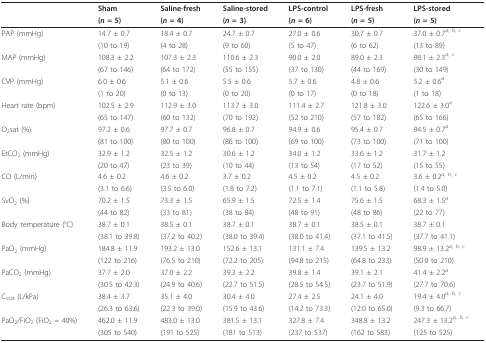
<table><thead><tr><td></td><td><b>Sham</b></td><td><b>Saline-fresh</b></td><td><b>Saline-stored</b></td><td><b>LPS-control</b></td><td><b>LPS-fresh</b></td><td><b>LPS-stored</b></td></tr><tr><td></td><td><b>(<i>n </i>= 5)</b></td><td><b>(<i>n </i>= 4)</b></td><td><b>(<i>n </i>= 3)</b></td><td><b>(<i>n </i>= 6)</b></td><td><b>(<i>n </i>= 5)</b></td><td><b>(<i>n </i>= 5)</b></td></tr></thead><tbody><tr><td>PAP (mmHg)</td><td>14.7 ± 0.7</td><td>18.4 ± 0.7</td><td>24.7 ± 0.7</td><td>27.0 ± 0.6</td><td>30.7 ± 0.7</td><td>37.0 ± 0.7<sup><i>a, b, c</i></sup></td></tr><tr><td></td><td>(10 to 19)</td><td>(4 to 28)</td><td>(9 to 60)</td><td>(5 to 47)</td><td>(6 to 62)</td><td>(13 to 89)</td></tr><tr><td>MAP (mmHg)</td><td>108.3 ± 2.2</td><td>107.3 ± 2.3</td><td>110.6 ± 2.3</td><td>90.0 ± 2.0</td><td>89.0 ± 2.3</td><td>98.1 ± 2.3<sup><i>a, c</i></sup></td></tr><tr><td></td><td>(67 to 146)</td><td>(64 to 172)</td><td>(55 to 155)</td><td>(37 to 130)</td><td>(44 to 169)</td><td>(30 to 149)</td></tr><tr><td>CVP (mmHg)</td><td>6.0 ± 0.6</td><td>5.1 ± 0.6</td><td>5.5 ± 0.6</td><td>5.7 ± 0.6</td><td>4.8 ± 0.6</td><td>5.2 ± 0.6<sup><i>a</i></sup></td></tr><tr><td></td><td>(1 to 20)</td><td>(0 to 13)</td><td>(0 to 20)</td><td>(0 to 17)</td><td>(0 to 18)</td><td>(1 to 18)</td></tr><tr><td>Heart rate (bpm)</td><td>102.5 ± 2.9</td><td>112.9 ± 3.0</td><td>113.7 ± 3.0</td><td>111.4 ± 2.7</td><td>121.8 ± 3.0</td><td>122.6 ± 3.0<sup>a</sup></td></tr><tr><td></td><td>(65 to 147)</td><td>(60 to 132)</td><td>(70 to 192)</td><td>(52 to 210)</td><td>(57 to 182)</td><td>(65 to 166)</td></tr><tr><td>O<sub>2</sub>sat (%)</td><td>97.2 ± 0.6</td><td>97.7 ± 0.7</td><td>96.8 ± 0.7</td><td>94.9 ± 0.6</td><td>95.4 ± 0.7</td><td>94.5 ± 0.7<sup><i>a</i></sup></td></tr><tr><td></td><td>(81 to 100)</td><td>(80 to 100)</td><td>(86 to 100)</td><td>(69 to 100)</td><td>(73 to 100)</td><td>(71 to 100)</td></tr><tr><td>EtCO<sub>2 </sub>(mmHg)</td><td>32.9 ± 1.2</td><td>32.5 ± 1.2</td><td>30.6 ± 1.2</td><td>34.0 ± 1.2</td><td>33.6 ± 1.2</td><td>31.7 ± 1.2</td></tr><tr><td></td><td>(20 to 47)</td><td>(23 to 39)</td><td>(10 to 44)</td><td>(13 to 54)</td><td>(17 to 52)</td><td>(15 to 55)</td></tr><tr><td>CO (L/min)</td><td>4.6 ± 0.2</td><td>4.6 ± 0.2</td><td>3.7 ± 0.2</td><td>4.5 ± 0.2</td><td>4.5 ± 0.2</td><td>3.6 ± 0.2<sup><i>a, b, c</i></sup></td></tr><tr><td></td><td>(3.1 to 6.6)</td><td>(3.5 to 6.0)</td><td>(1.8 to 7.2)</td><td>(1.1 to 7.1)</td><td>(1.1 to 5.8)</td><td>(1.4 to 5.0)</td></tr><tr><td>SvO<sub>2 </sub>(%)</td><td>70.2 ± 1.5</td><td>73.3 ± 1.5</td><td>65.9 ± 1.5</td><td>72.5 ± 1.4</td><td>75.6 ± 1.5</td><td>68.3 ± 1.5<sup><i>a</i></sup></td></tr><tr><td></td><td>(44 to 82)</td><td>(33 to 81)</td><td>(38 to 84)</td><td>(48 to 91)</td><td>(48 to 86)</td><td>(22 to 77)</td></tr><tr><td>Body temperature (°C)</td><td>38.7 ± 0.1</td><td>38.5 ± 0.1</td><td>38.7 ± 0.1</td><td>38.7 ± 0.1</td><td>38.5 ± 0.1</td><td>38.7 ± 0.1</td></tr><tr><td></td><td>(38.1 to 39.8)</td><td>(37.2 to 40.2)</td><td>(38.0 to 39.4)</td><td>(38.0 to 41.4)</td><td>(37.1 to 41.5)</td><td>(37.7 to 41.1)</td></tr><tr><td>PaO<sub>2 </sub>(mmHg)</td><td>184.8 ± 11.9</td><td>193.2 ± 13.0</td><td>152.6 ± 13.1</td><td>131.1 ± 7.4</td><td>139.5 ± 13.2</td><td>98.9 ± 13.2<sup><i>a, b, c</i></sup></td></tr><tr><td></td><td>(122 to 216)</td><td>(76.5 to 210)</td><td>(72.2 to 205)</td><td>(94.8 to 215)</td><td>(64.8 to 233)</td><td>(50.0 to 210)</td></tr><tr><td>PaCO<sub>2 </sub>(mmHg)</td><td>37.7 ± 2.0</td><td>37.0 ± 2.2</td><td>39.3 ± 2.2</td><td>39.8 ± 1.4</td><td>39.1 ± 2.1</td><td>41.4 ± 2.2<sup><i>a</i></sup></td></tr><tr><td></td><td>(30.5 to 42.3)</td><td>(24.9 to 40.6)</td><td>(22.7 to 51.5)</td><td>(28.5 to 54.5)</td><td>(23.7 to 51.9)</td><td>(27.7 to 70.6)</td></tr><tr><td>C<sub>stat </sub>(L/kPa)</td><td>38.4 ± 3.7</td><td>35.1 ± 4.0</td><td>30.4 ± 4.0</td><td>27.4 ± 2.5</td><td>24.1 ± 4.0</td><td>19.4 ± 4.0<sup><i>a, b, c</i></sup></td></tr><tr><td></td><td>(26.3 to 63.6)</td><td>(22.3 to 39.0)</td><td>(15.9 to 43.6)</td><td>(14.2 to 73.3)</td><td>(12.0 to 65.0)</td><td>(9.3 to 66.7)</td></tr><tr><td>PaO<sub>2</sub>/FiO<sub>2 </sub>(FiO<sub>2 </sub>= 40%)</td><td>462.0 ± 11.9</td><td>483.0 ± 13.0</td><td>381.5 ± 13.1</td><td>327.8 ± 7.4</td><td>348.8 ± 13.2</td><td>247.3 ± 13.2<sup><i>a, b, c</i></sup></td></tr><tr><td></td><td>(305 to 540)</td><td>(191 to 525)</td><td>(181 to 513)</td><td>(237 to 537)</td><td>(162 to 583)</td><td>(125 to 525)</td></tr></tbody></table>